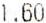
1.60